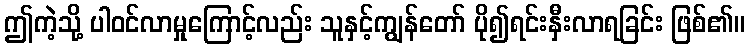
ဤကဲ့သို့ ပါဝင်လာမှုကြောင့်လည်း သူနှင့်ကျွန်တော် ပို၍ရင်းနှီးလာရခြင်း ဖြစ်၏။